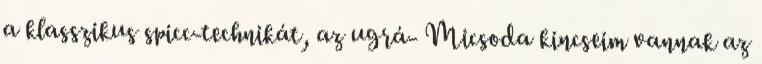
a klasszikus spicc-technikát, az ugrá- Micsoda kincseim vannak az